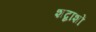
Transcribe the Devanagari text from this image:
शब्दाशों